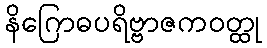
နိဂြောဓပရိဗ္ဗာဇကဝတ္ထု